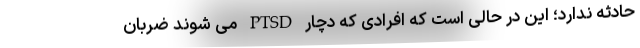
حادثه ندارد؛ این در حالی است که افرادی که دچار PTSD می شوند ضربان